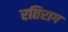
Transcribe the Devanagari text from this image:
रतिराग